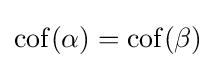
\operatorname {cof} (\alpha )=\operatorname {cof} (\beta )